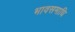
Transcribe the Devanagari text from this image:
भावसमाधि